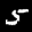
Label: 5